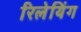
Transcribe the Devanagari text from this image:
रिलेयिंग